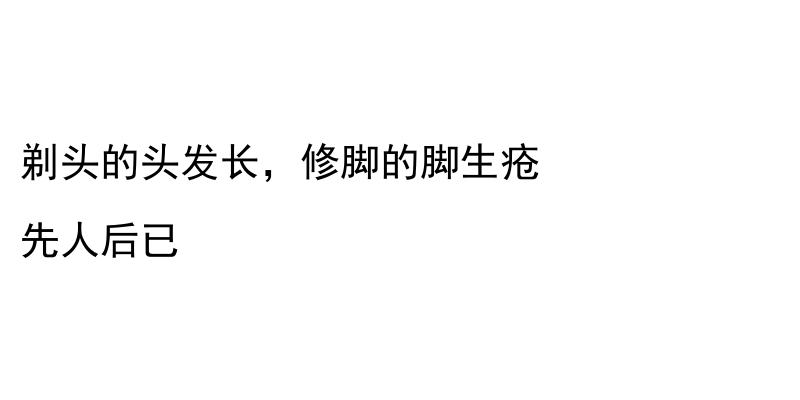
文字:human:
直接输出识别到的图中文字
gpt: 剃头的头发长，修脚的脚生疮 先人后已